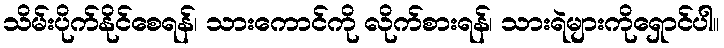
သိမ်းပိုက်နိုင်စေရန်၊ သားကောင်ကို လိုက်စားရန်၊ သားရဲများကိုရှောင်ပါ။